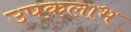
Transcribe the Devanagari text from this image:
उपकलाभ